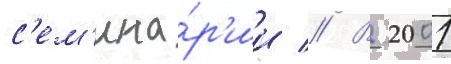
с'ем'ина́р'ии // В 2001